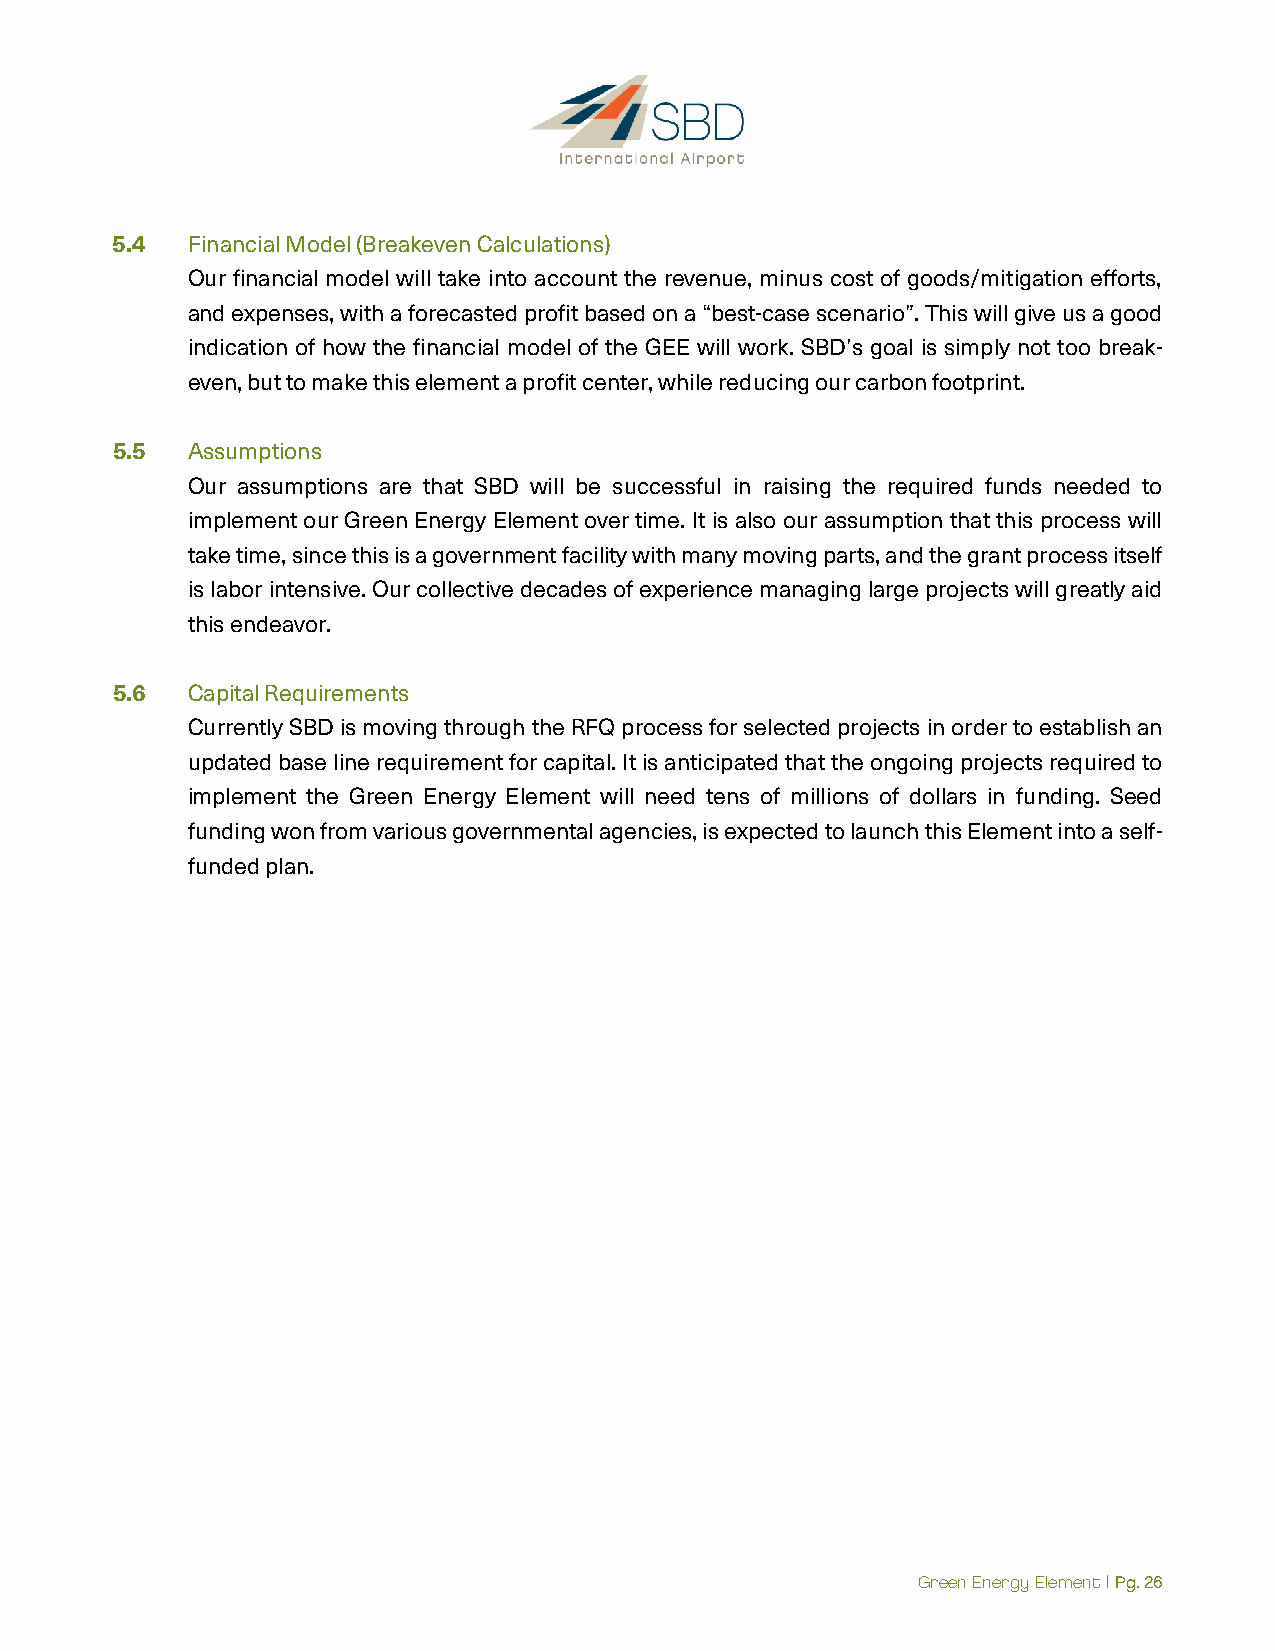
5.4  Financial Model (Breakeven Calculations)
 Our financial model will take into account the revenue, minus cost of goods/mitigation efforts,
 and expenses, with a forecasted profit based on a “best-case scenario”. This will give us a good
 indication of how the financial model of the GEE will work. SBD’s goal is simply not too break-
 even, but to make this element a profit center, while reducing our carbon footprint.
 5.5  Assumptions
 Our assumptions are that SBD will be successful in raising the required funds needed to
 implement our Green Energy Element over time. It is also our assumption that this process will
 take time, since this is a government facility with many moving parts, and the grant process itself
 is labor intensive. Our collective decades of experience managing large projects will greatly aid
 this endeavor.
 5.6  Capital Requirements
 Currently SBD is moving through the RFQ process for selected projects in order to establish an
 updated base line requirement for capital. It is anticipated that the ongoing projects required to
 implement the Green Energy Element will need tens of millions of dollars in funding. Seed
 funding won from various governmental agencies, is expected to launch this Element into a self-
 funded plan.
 Green Energy Element | Pg. 26